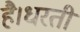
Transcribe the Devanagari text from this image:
है।धरती